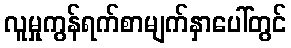
လူမှုကွန်ရက်စာမျက်နှာပေါ်တွင်